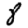
Digit: 8